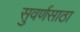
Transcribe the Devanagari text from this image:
सुवर्णसाठा